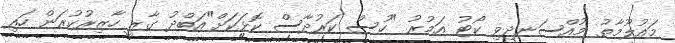
މައުލޫމާތު މުއްސަނދިވި ކޯޓު އަމުރު "ހުސް ކަރުދާސް ކޮޅަކަށް"އަބްދު ގާޒީ ހާޒިރުކުރަން ހައި